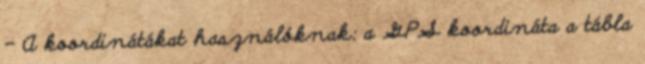
- A koordinátákat használóknak: a GPS koordináta a tábla